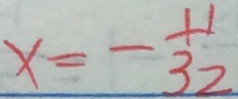
x = - \frac { 1 1 } { 3 2 }